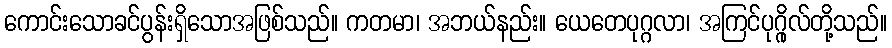
ကောင်းသောခင်ပွန်းရှိသောအဖြစ်သည်။ ကတမာ၊ အဘယ်နည်း။ ယေတေပုဂ္ဂလာ၊ အကြင်ပုဂ္ဂိုလ်တို့သည်။